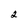
Character: 2